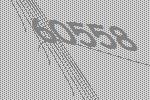
60558